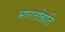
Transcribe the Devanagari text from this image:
भारतोन्नति